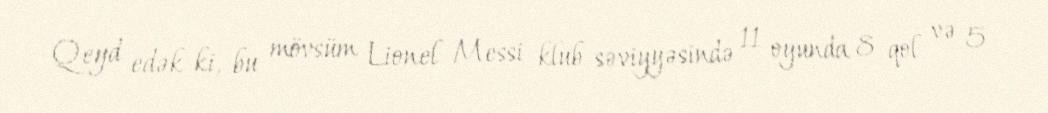
Qeyd edək ki, bu mövsüm Lionel Messi klub səviyyəsində 11 oyunda 8 qol və 5